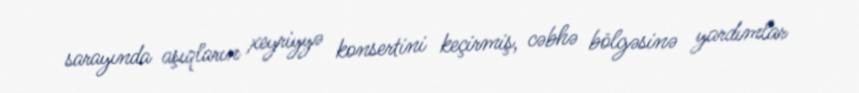
sarayında aşıqların xeyriyyə konsertini keçirmiş, cəbhə bölgəsinə yardımlar